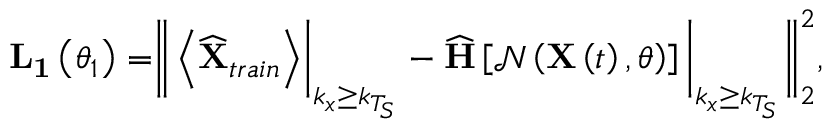
\begin{array} { r } { \mathbf { L _ { 1 } } \left( \theta _ { 1 } \right) = \biggr \| \left< \widehat { \mathbf { X } } _ { t r a i n } \right> \biggr \rvert _ { k _ { x } \geq k _ { T _ { S } } } - \widehat { \mathbf { H } } \left[ \mathcal { N } \left( \mathbf { X } \left( t \right) , \theta \right) \right] \bigg \rvert _ { k _ { x } \geq k _ { T _ { S } } } \biggr \| _ { 2 } ^ { 2 } , } \end{array}